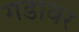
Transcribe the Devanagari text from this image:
गडावर